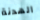
الهدنة